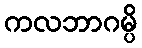
ကလဘာဂမ္ပိ